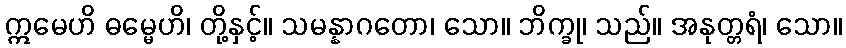
ဣမေဟိ ဓမ္မေဟိ၊ တို့နှင့်။ သမန္နာဂတော၊ သော။ ဘိက္ခု၊ သည်။ အနုတ္တရံ၊ သော။